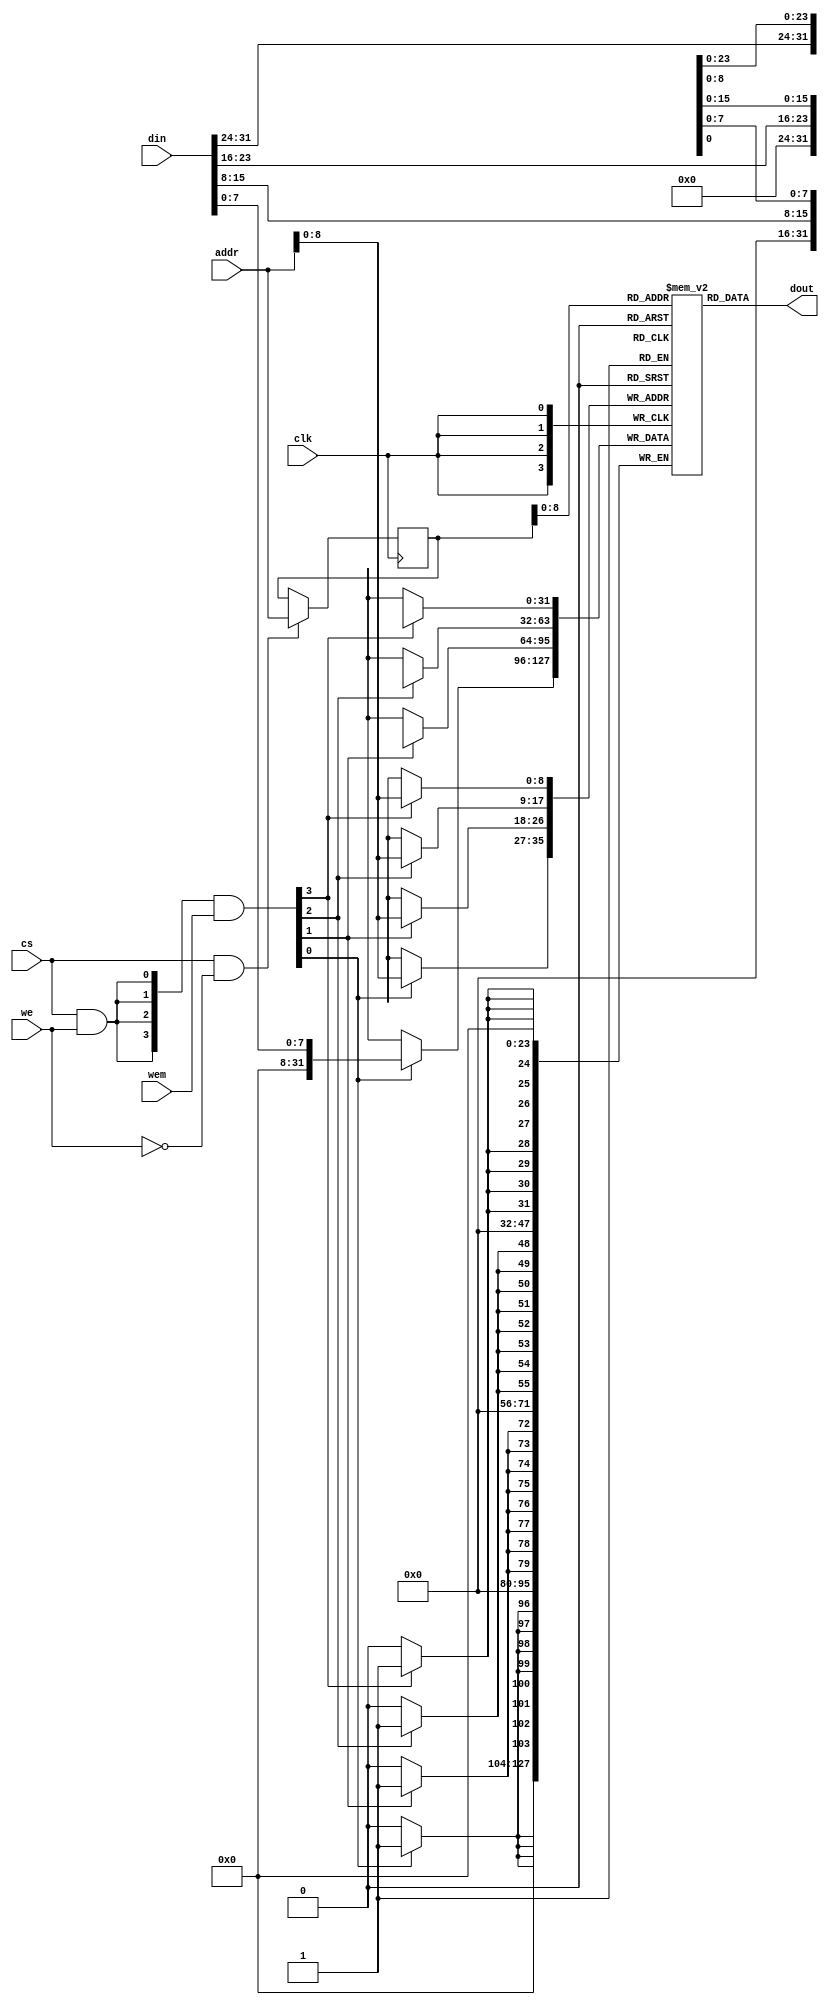
module sirv_sim_ram 
#(parameter DP = 512,
  parameter FORCE_X2ZERO = 0,
  parameter DW = 32,
  parameter MW = 4,
  parameter AW = 32 
)
(
  input             clk, 
  input  [DW-1  :0] din, 
  input  [AW-1  :0] addr,
  input             cs,
  input             we,
  input  [MW-1:0]   wem,
  output [DW-1:0]   dout
);

    reg [DW-1:0] mem_r [0:DP-1];
    reg [AW-1:0] addr_r;
    wire [MW-1:0] wen;
    wire ren;

    assign ren = cs & (~we);
    assign wen = ({MW{cs & we}} & wem);



    genvar i;

    always @(posedge clk)
    begin
        if (ren) begin
            addr_r <= addr;
        end
    end

    generate
      for (i = 0; i < MW; i = i+1) begin :mem
        if((8*i+8) > DW ) begin: last
          always @(posedge clk) begin
            if (wen[i]) begin
               mem_r[addr][DW-1:8*i] <= din[DW-1:8*i];
            end
          end
        end
        else begin: non_last
          always @(posedge clk) begin
            if (wen[i]) begin
               mem_r[addr][8*i+7:8*i] <= din[8*i+7:8*i];
            end
          end
        end
      end
    endgenerate

  wire [DW-1:0] dout_pre;
  assign dout_pre = mem_r[addr_r];

  generate
   if(FORCE_X2ZERO == 1) begin: force_x_to_zero
      for (i = 0; i < DW; i = i+1) begin:force_x_gen 
          `ifndef SYNTHESIS//{
         assign dout[i] = (dout_pre[i] === 1'bx) ? 1'b0 : dout_pre[i];
          `else//}{
         assign dout[i] = dout_pre[i];
          `endif//}
      end
   end
   else begin:no_force_x_to_zero
     assign dout = dout_pre;
   end
  endgenerate

 
endmodule